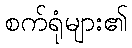
စက်ရုံများ၏